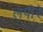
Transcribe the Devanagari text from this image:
लपीरे